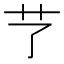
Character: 𦫼